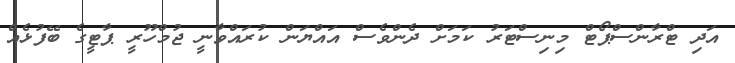
އަދި ޓްރާންސްޕޯޓް މިނިސްޓަރު ކަމަށް ދެންވެސް އައްޔަން ކުރައްވާނީ ޖުމްހޫރީ ޕާޓީގެ ބޭފުޅެއް